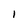
Character: I